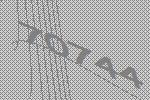
70744